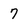
Character: 7